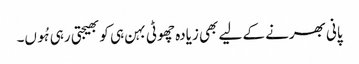
پانی بھرنے کے لیے بھی زیادہ چھوٹی بہن ہی کو بھیجتی رہی ہُوں۔